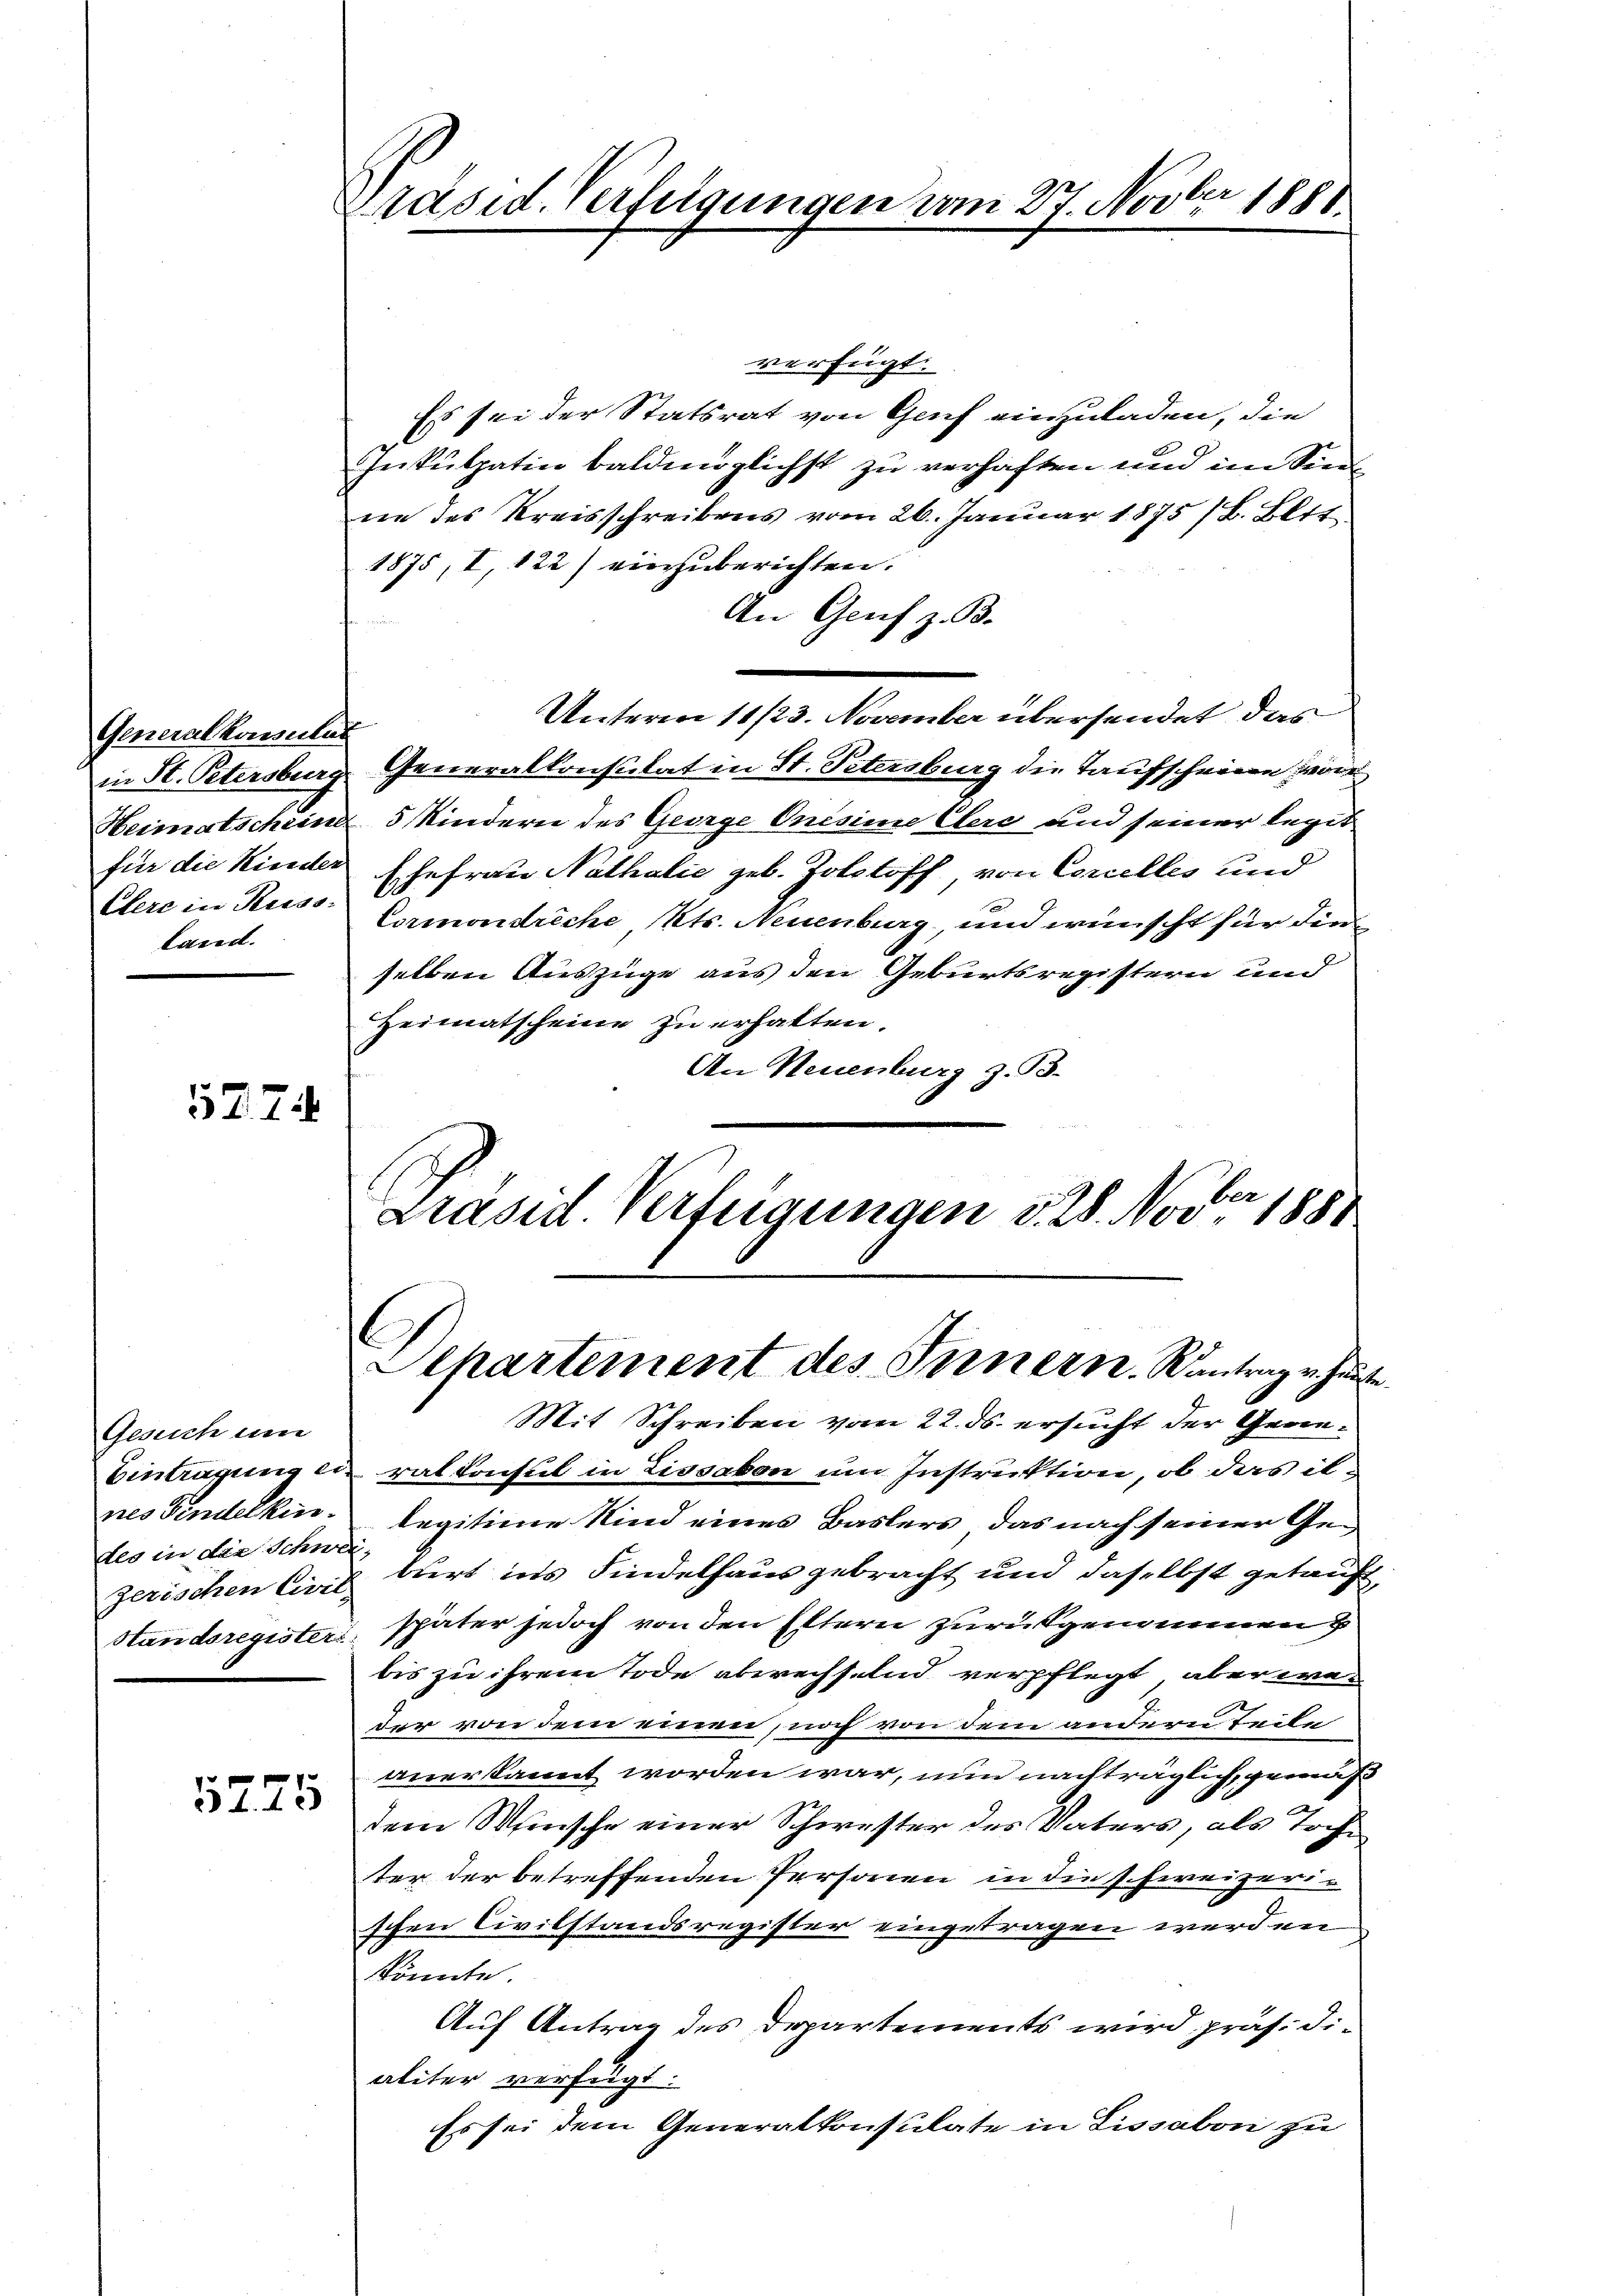
Generalkomitat
Clere in Kuss-
land.

577

Gesuch um
nes Findelkin
des in die Schwei-

5275

Präsid. Verfügungen vom 27. Novber 1881.

verfügt:
Es sei der Statsrat von Genf einzuladen, die
Inkulpatin baldmöglichst zu verhaften und im Sinne des Kreisschreibens vom 26. Januar 1875 /B. Bett.
1875, I 122) einzuberichten.
An Genf z. B.
Unterm 11/23. November übersendet das
in H. Petersburg Generalkonsulat in St. Petersburg die Taufscheine wir
Heimatschein 5 Kindern des George Onésime Clere und seiner legit
für die Kinder Ehefrau Nathalić geb. Zolstoff von Concelles und
Cormondreche Kts. Neuenburg, und wünscht für die
selben Auszüge aus den Geburtsregistern und
Heimatscheine zu erhalten.
An Neuenburg z. B.
Präsid. Verfügungen 328. Nov. 1881

C
Separtement des Innern. Wantrag u. heute

Mit Schreiben vom 22. ds. ersucht der Gene¬
Eintragung die rat Consul in Lissabon um Instruktion, ob das illegitime Kind eines Baslers, das nach seiner Ge-
zerischen Civil burt ins Findelhaus gebracht und daselbst getauft,
Handsregister, später jedoch von den Eltern zurückgenommen
bis zu ihrem Tode abwechselnd verpflegt, aber weder von dem einen, noch von dem andern Teile
anerkannt worden war, nun nachträglich, gemäß
dem Wunsche einer Schwester des Vaters, als Tochter der betreffenden Personen in die schweizeri-
schen Civilstandsregister eingetragen werden.
könnte.
Auf Antrag des Departements wird präs: di-
aliter verfügt:
Es sei dem Generalkonsulate in Lissabon zu